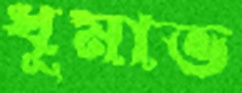
ধূমাভ